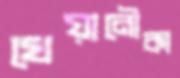
খেয়ানৌকা